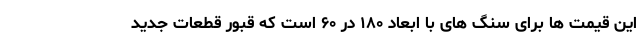
این قیمت ها برای سنگ های با ابعاد ۱۸۰ در ۶۰ است که قبور قطعات جدید